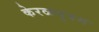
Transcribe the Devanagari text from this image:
केरळपुत्रम